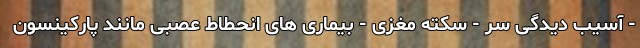
- آسیب دیدگی سر - سکته مغزی - بیماری های انحطاط عصبی مانند پارکینسون